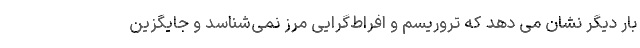
بار دیگر نشان می دهد که تروریسم و افراط‌گرایی مرز نمی‌شناسد و جایگزین